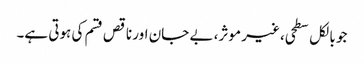
جو بالکل سطحی، غیر موثر، بے جان اور ناقص قسم کی ہوتی ہے۔